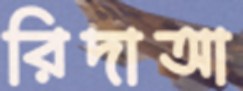
রিদাআ